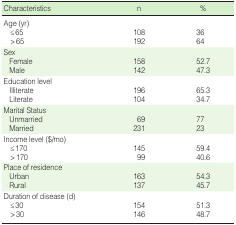
| Characteristics | n | % |
 | --- | --- | --- |
 | Age (yr) |  |  |
 | ≤65 | 108 | 36 |
 | >65 | 192 | 64 |
 | Sex |  |  |
 | Female | 158 | 52.7 |
 | Male | 142 | 47.3 |
 | Education level |  |  |
 | Illiterate | 196 | 65.3 |
 | Literate | 104 | 34.7 |
 | Marital Status |  |  |
 | Unmarried | 69 | 77 |
 | Married | 231 | 23 |
 | Income level ($/mo) |  |  |
 | ≤170 | 145 | 59.4 |
 | >170 | 99 | 40.6 |
 | Place of residence |  |  |
 | Urban | 163 | 54.3 |
 | Rural | 137 | 45.7 |
 | Duration of disease (d) |  |  |
 | ≤30 | 154 | 51.3 |
 | >30 | 146 | 48.7 |